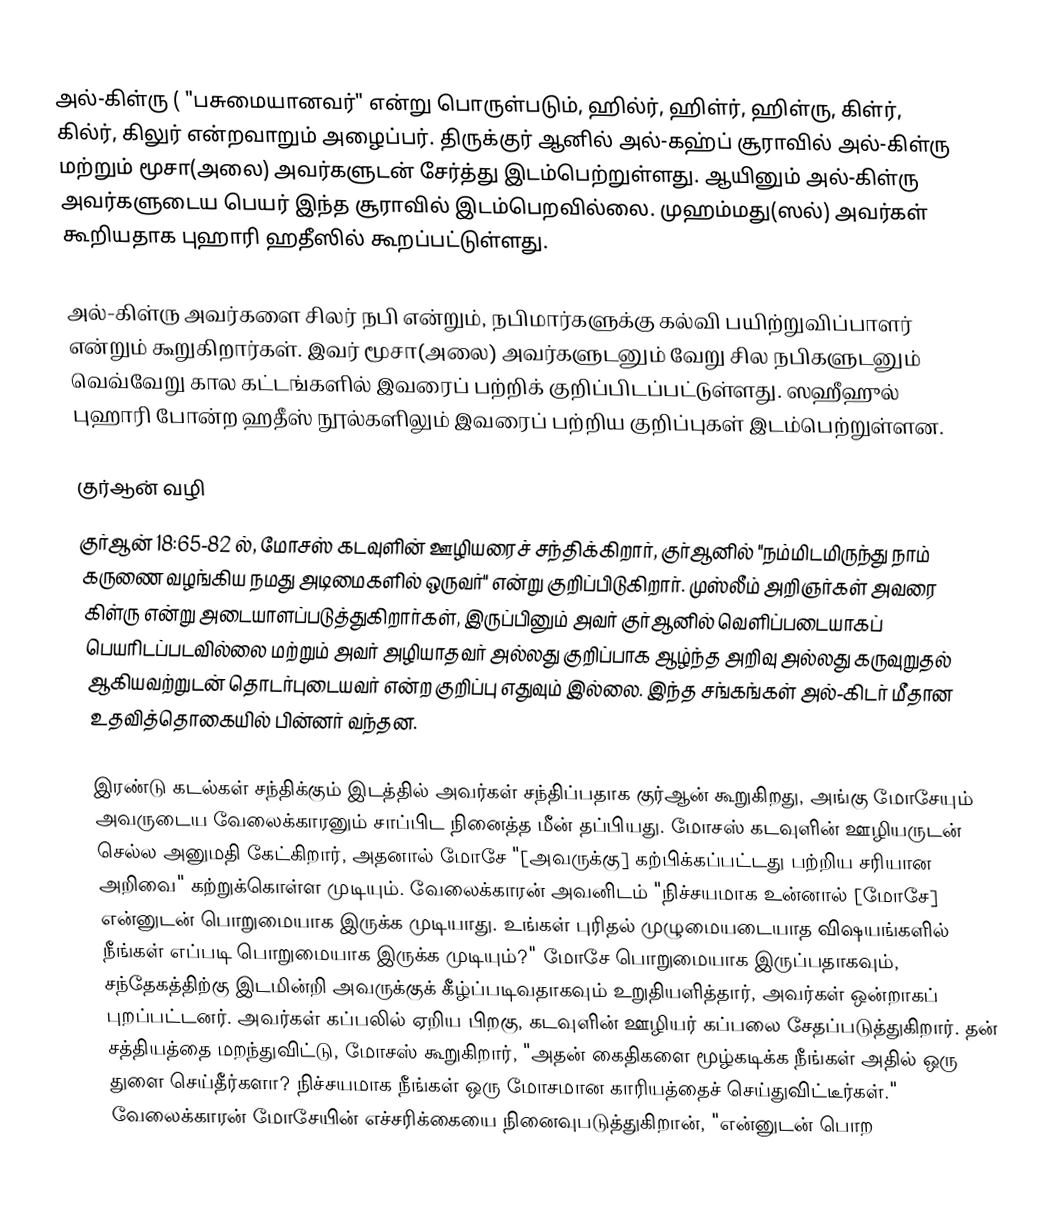
அல்-கிள்ரு ( "பசுமையானவர்" என்று பொருள்படும், ஹில்ர், ஹிள்ர், ஹிள்ரு, கிள்ர், கில்ர், கிலுர் என்றவாறும் அழைப்பர். திருக்குர் ஆனில் அல்-கஹ்ப் சூராவில் அல்-கிள்ரு மற்றும் மூசா(அலை) அவர்களுடன் சேர்த்து இடம்பெற்றுள்ளது. ஆயினும் அல்-கிள்ரு அவர்களுடைய பெயர் இந்த சூராவில் இடம்பெறவில்லை. முஹம்மது(ஸல்) அவர்கள் கூறியதாக புஹாரி ஹதீஸில் கூறப்பட்டுள்ளது.

அல்-கிள்ரு அவர்களை சிலர் நபி என்றும், நபிமார்களுக்கு கல்வி பயிற்றுவிப்பாளர் என்றும் கூறுகிறார்கள். இவர் மூசா(அலை) அவர்களுடனும் வேறு சில நபிகளுடனும் வெவ்வேறு கால கட்டங்களில் இவரைப் பற்றிக் குறிப்பிடப்பட்டுள்ளது. ஸஹீஹுல் புஹாரி போன்ற ஹதீஸ் நூல்களிலும் இவரைப் பற்றிய குறிப்புகள் இடம்பெற்றுள்ளன.

குர்ஆன் வழி
குர்ஆன் 18:65-82 ல், மோசஸ் கடவுளின் ஊழியரைச் சந்திக்கிறார், குர்ஆனில் "நம்மிடமிருந்து நாம் கருணை வழங்கிய நமது அடிமைகளில் ஒருவர்" என்று குறிப்பிடுகிறார். முஸ்லீம் அறிஞர்கள் அவரை கிள்ரு என்று அடையாளப்படுத்துகிறார்கள், இருப்பினும் அவர் குர்ஆனில் வெளிப்படையாகப் பெயரிடப்படவில்லை மற்றும் அவர் அழியாதவர் அல்லது குறிப்பாக ஆழ்ந்த அறிவு அல்லது கருவுறுதல் ஆகியவற்றுடன் தொடர்புடையவர் என்ற குறிப்பு எதுவும் இல்லை.  இந்த சங்கங்கள் அல்-கிடர் மீதான உதவித்தொகையில் பின்னர் வந்தன.

இரண்டு கடல்கள் சந்திக்கும் இடத்தில் அவர்கள் சந்திப்பதாக குர்ஆன் கூறுகிறது, அங்கு மோசேயும் அவருடைய வேலைக்காரனும் சாப்பிட நினைத்த மீன் தப்பியது. மோசஸ் கடவுளின் ஊழியருடன் செல்ல அனுமதி கேட்கிறார், அதனால் மோசே "[அவருக்கு] கற்பிக்கப்பட்டது பற்றிய சரியான அறிவை" கற்றுக்கொள்ள முடியும். வேலைக்காரன் அவனிடம் "நிச்சயமாக உன்னால் [மோசே] என்னுடன் பொறுமையாக இருக்க முடியாது. உங்கள் புரிதல் முழுமையடையாத விஷயங்களில் நீங்கள் எப்படி பொறுமையாக இருக்க முடியும்?"  மோசே பொறுமையாக இருப்பதாகவும், சந்தேகத்திற்கு இடமின்றி அவருக்குக் கீழ்ப்படிவதாகவும் உறுதியளித்தார், அவர்கள் ஒன்றாகப் புறப்பட்டனர். அவர்கள் கப்பலில் ஏறிய பிறகு, கடவுளின் ஊழியர் கப்பலை சேதப்படுத்துகிறார். தன் சத்தியத்தை மறந்துவிட்டு, மோசஸ் கூறுகிறார், "அதன் கைதிகளை மூழ்கடிக்க நீங்கள் அதில் ஒரு துளை செய்தீர்களா? நிச்சயமாக நீங்கள் ஒரு மோசமான காரியத்தைச் செய்துவிட்டீர்கள்." வேலைக்காரன் மோசேயின் எச்சரிக்கையை நினைவுபடுத்துகிறான், "என்னுடன் பொற